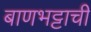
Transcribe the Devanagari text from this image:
बाणभट्टाची